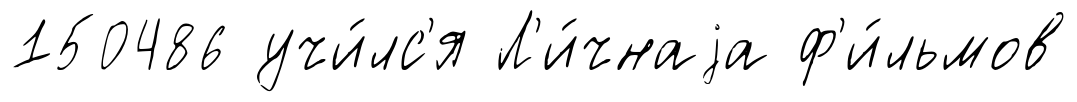
150486 учи́лс'я Л'и́чнаjа ф'и́льмов